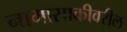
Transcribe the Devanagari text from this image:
नागासाकीवरील